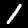
Digit: 1